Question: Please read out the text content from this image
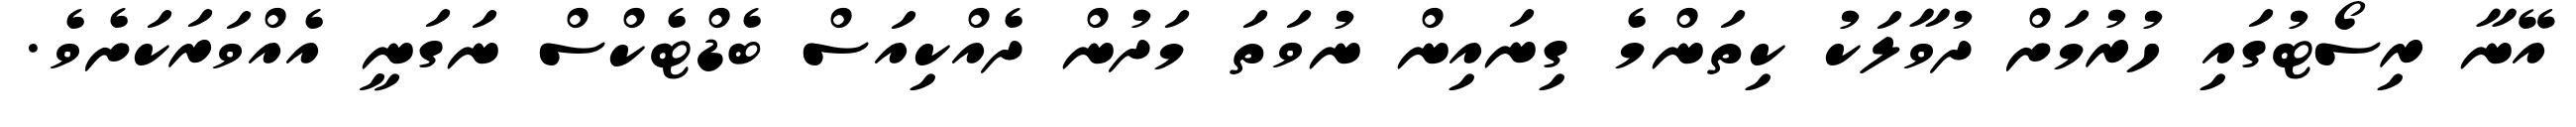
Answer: އޭނާ ރިސޯޓުގައި ހުރުމަށް ދުވާލަކު ކިތަންމެ ގިނައިން ނުވަތަ މަދުން ދެއްކިއަސް ބެޑްޓެކްސް ނަގަނީ އެއްވަރަކަށެވެ.